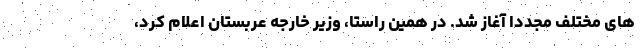
های مختلف مجددا آغاز شد. در همین راستا، وزیر خارجه عربستان اعلام کرد،